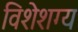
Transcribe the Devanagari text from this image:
विशेशग्य